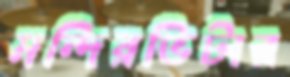
মন্দিরভিটার